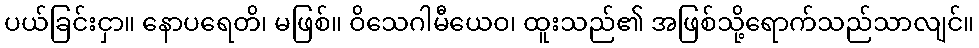
ပယ်ခြင်းငှာ။ နောပရေတိ၊ မဖြစ်။ ဝိသေဂါမီယေဝ၊ ထူးသည်၏ အဖြစ်သို့ရောက်သည်သာလျင်။